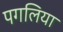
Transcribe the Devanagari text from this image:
पगलिया